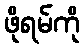
ဖိုရမ်ကို